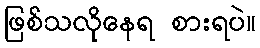
ဖြစ်သလိုနေရ စားရပဲ။